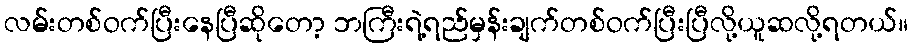
လမ်းတစ်ဝက်ပြီးနေပြီဆိုတော့ ဘကြီးရဲ့ရည်မှန်းချက်တစ်ဝက်ပြီးပြီလို့ယူဆလို့ရတယ်။